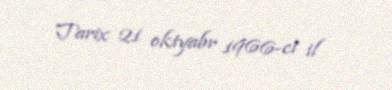
Tarix 21 oktyabr 1966-ci il